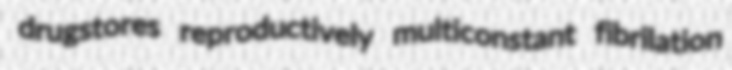
drugstores reproductively multiconstant fibrilation